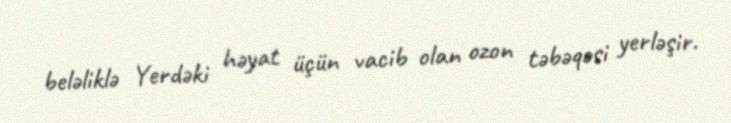
beləliklə Yerdəki həyat üçün vacib olan ozon təbəqəsi yerləşir.